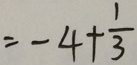
= - 4 + \frac { 1 } { 3 }